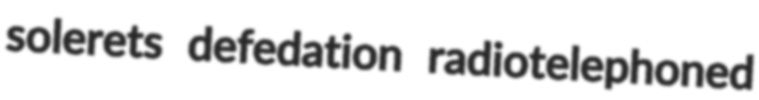
solerets defedation radiotelephoned